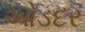
ઓડદર